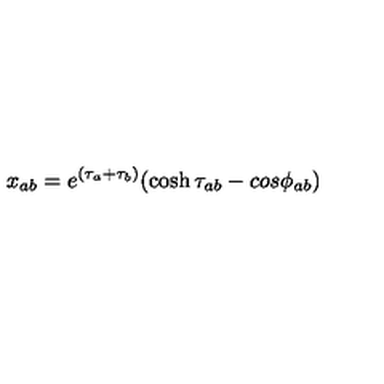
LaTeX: x _ { a b } = e ^ { ( \tau _ { a } + \tau _ { b } ) } ( \cosh \tau _ { a b } - c o s \phi _ { a b } )